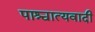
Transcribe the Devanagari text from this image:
पाश्चात्यवादी